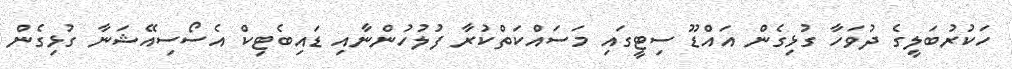
ހަކުރުބަލީގެ ދުވަހާ ގުޅިގެން އައްޑޫ ސިޓީގައި މަސައްކަތްކުރާ ފުލުހުންނާއި ޑައިބެޓިކް އެސޯސިއޭޝަނާ ގުޅިގެން